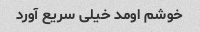
خوشم اومد خیلی سریع آورد